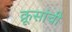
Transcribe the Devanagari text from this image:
क्रूसांची